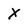
Character: X